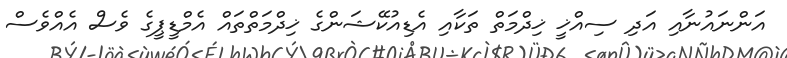
އަންނައުނާއި އަދި ސިއްޚީ ޚިދްމަތް ތަކާއި އެޑިއުކޭޝަންގެ ޚިދްމަތްތައް އެމްޑީޕީގެ ވެސް އެއްވެސް